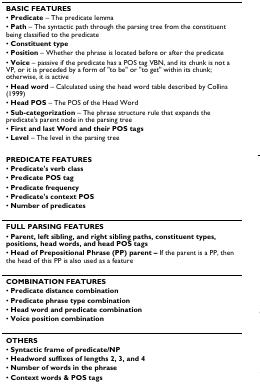
<table><thead><tr><td><b>BASIC FEATURES</b></td></tr><tr><td><b>• Predicate – The predicate lemma</b></td></tr><tr><td><b>• Path – The syntactic path through the parsing tree from the constituent being classified to the predicate</b></td></tr><tr><td><b>• Constituent type</b></td></tr><tr><td><b>• Position – Whether the phrase is located before or after the predicate</b></td></tr><tr><td><b>• Voice – passive if the predicate has a POS tag VBN, and its chunk is not a VP, or it is preceded by a form of &quot;to be&quot; or &quot;to get&quot; within its chunk; otherwise, it is active</b></td></tr><tr><td><b>• Head word – Calculated using the head word table described by Collins (1999)</b></td></tr><tr><td><b>• Head POS – The POS of the Head Word</b></td></tr><tr><td><b>• Sub-categorization – The phrase structure rule that expands the predicate&#x27;s parent node in the parsing tree</b></td></tr><tr><td><b>• First and last Word and their POS tags</b></td></tr><tr><td><b>• Level – The level in the parsing tree</b></td></tr></thead><tbody><tr><td><b>PREDICATE FEATURES</b></td></tr><tr><td>• <b>Predicate&#x27;s verb class</b></td></tr><tr><td>• <b>Predicate POS tag</b></td></tr><tr><td>• <b>Predicate frequency</b></td></tr><tr><td>• <b>Predicate&#x27;s context POS</b></td></tr><tr><td>• <b>Number of predicates</b></td></tr><tr><td><b>FULL PARSING FEATURES</b></td></tr><tr><td>• <b>Parent, left sibling, and right sibling paths, constituent types, positions, head words, and head POS tags</b></td></tr><tr><td>• <b>Head of Prepositional Phrase (PP) parent – </b>If the parent is a PP, then the head of this PP is also used as a feature</td></tr><tr><td><b>COMBINATION FEATURES</b></td></tr><tr><td>• <b>Predicate distance combination</b></td></tr><tr><td>• <b>Predicate phrase type combination</b></td></tr><tr><td>• <b>Head word and predicate combination</b></td></tr><tr><td>• <b>Voice position combination</b></td></tr><tr><td><b>OTHERS</b></td></tr><tr><td>• <b>Syntactic frame of predicate/NP</b></td></tr><tr><td>• <b>Headword suffixes of lengths 2, 3, and 4</b></td></tr><tr><td>• <b>Number of words in the phrase</b></td></tr><tr><td>• <b>Context words &amp; POS tags</b></td></tr></tbody></table>